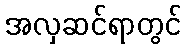
အလှဆင်ရာတွင်